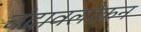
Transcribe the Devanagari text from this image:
चंद्रावलोकन